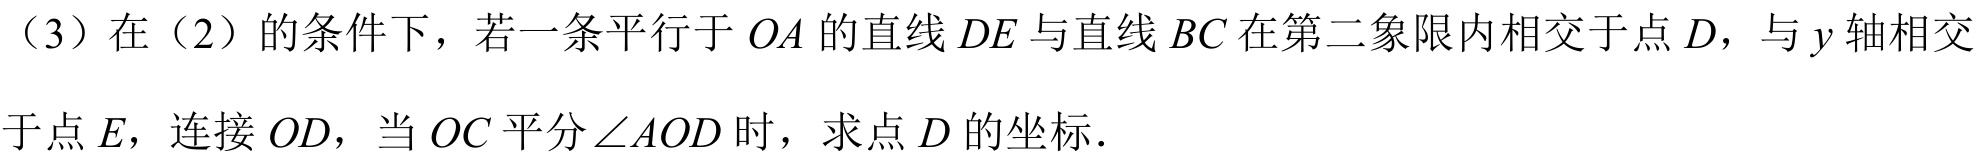
（3）在（2）的条件下，若一条平行于 \(OA\) 的直线 \(DE\) 与直线 \(BC\) 在第二象限内相交于点 \(D\)，与 \(y\) 轴相交于点 \(E\)，连接 \(OD\)，当 \(OC\) 平分\(\angle AOD\) 时，求点 \(D\) 的坐标．